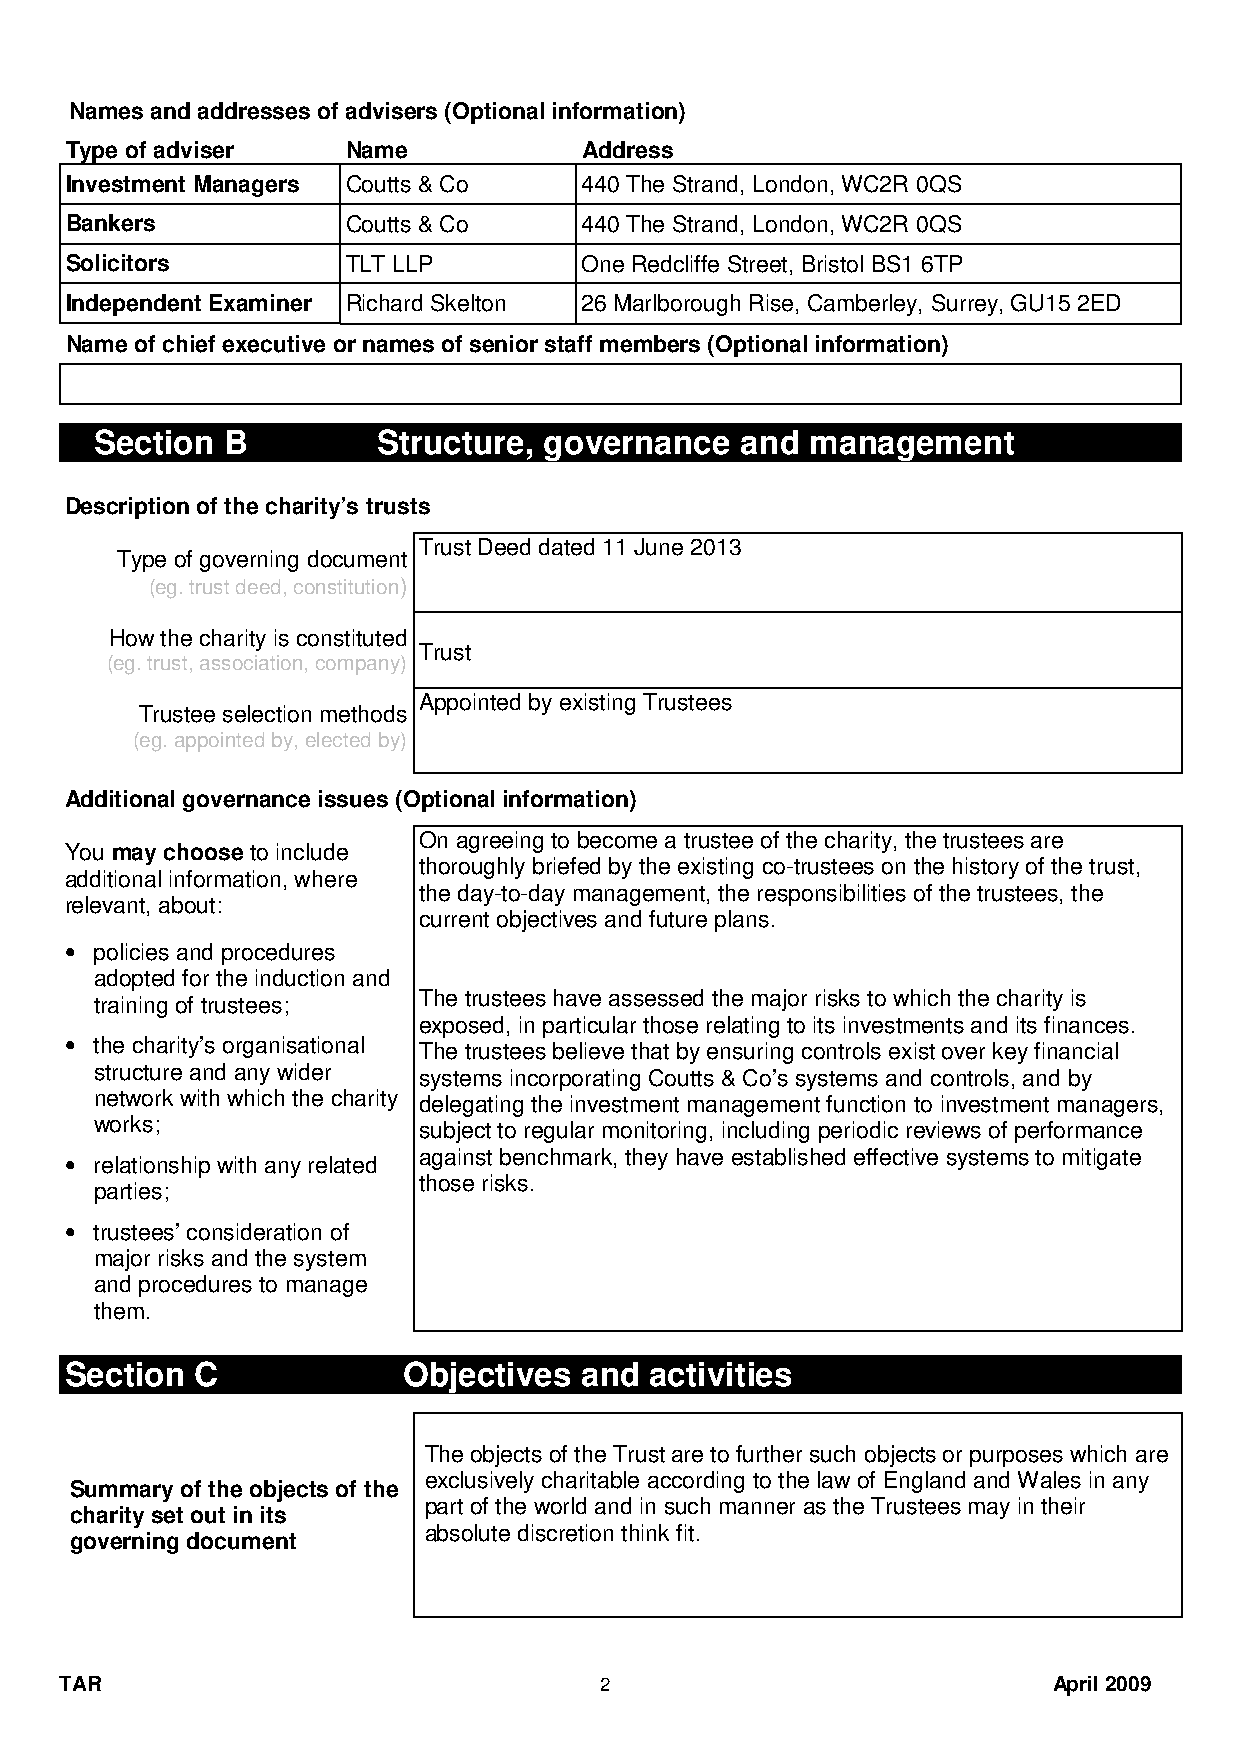
Names and addresses of advisers (Optional information)
 Type of adviser    Name            Address
 Investment Managers Coutts & Co    440 The Strand, London, WC2R 0QS
 Bankers            Coutts & Co     440 The Strand, London, WC2R 0QS
 Solicitors         TLT LLP         One Redcliffe Street, Bristol BS1 6TP
 Independent Examiner Richard Skelton 26 Marlborough Rise, Camberley, Surrey, GU15 2ED
 Name of chief executive or names of senior staff members (Optional information)
 Section  B         Structure, governance   and  management
 Description of the charity’s trusts
 Trust Deed dated 11 June 2013
 Type of governing document
 (eg. trust deed, constitution)
 How the charity is constituted
 Trust
 (eg. trust, association, company)
 Appointed by existing Trustees
 Trustee selection methods
 (eg. appointed by, elected by)
 Additional governance issues (Optional information)
 On agreeing to become a trustee of the charity, the trustees are
 You may choose to include
 thoroughly briefed by the existing co-trustees on the history of the trust,
 additional information, where
 the day-to-day management, the responsibilities of the trustees, the
 relevant, about:
 current objectives and future plans.
 • policies and procedures
 adopted for the induction and
 training of trustees; The trustees have assessed the major risks to which the charity is
 exposed, in particular those relating to its investments and its finances.
 • the charity’s organisational The trustees believe that by ensuring controls exist over key financial
 structure and any wider systems incorporating Coutts & Co’s systems and controls, and by
 network with which the charity delegating the investment management function to investment managers,
 works;                subject to regular monitoring, including periodic reviews of performance
 • relationship with any related against benchmark, they have established effective systems to mitigate
 those risks.
 parties;
 • trustees’ consideration of
 major risks and the system
 and procedures to manage
 them.
 Section  C             Objectives and  activities
 The objects of the Trust are to further such objects or purposes which are
 exclusively charitable according to the law of England and Wales in any
 Summary of the objects of the
 part of the world and in such manner as the Trustees may in their
 charity set out in its
 absolute discretion think fit.
 governing document
 TAR                                 2                             April 2009